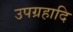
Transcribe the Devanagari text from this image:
उपग्रहादि